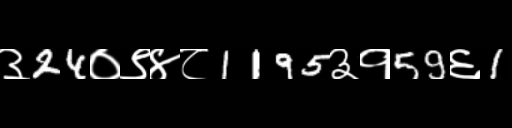
Text: ३24०९४८1195३१59६1